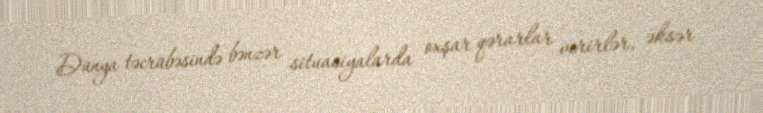
Dünya təcrübəsində bənzər situasiyalarda oxşar qərarlar verirlər, əksər